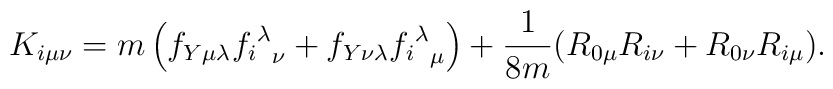
K_{i\mu\nu} = m\left( f_{Y\mu\lambda}{{f_{i}}^\lambda}_\nu + f_{Y\nu\lambda} {{f_{i}}^\lambda}_\mu\right) +\frac{1}{8m} (R_{0\mu} R_{i\nu} + R_{0\nu} R_{i\mu}).